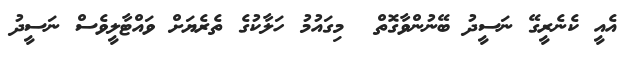
އެއީ ކެނެރީގޭ ނަސީދު ބޭނުންވާގޮތް  މިގައުމު ހަލާކުގެ ތެރެޔަށް ވައްޓާލީވެސް ނަސީދު